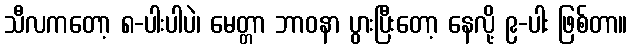
သီလကတော့ ၈-ပါးပါပဲ၊ မေတ္တာ ဘာဝနာ ပွားပြီးတော့ နေလို့ ၉-ပါး ဖြစ်တာ။